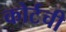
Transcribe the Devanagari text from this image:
कोर्टची